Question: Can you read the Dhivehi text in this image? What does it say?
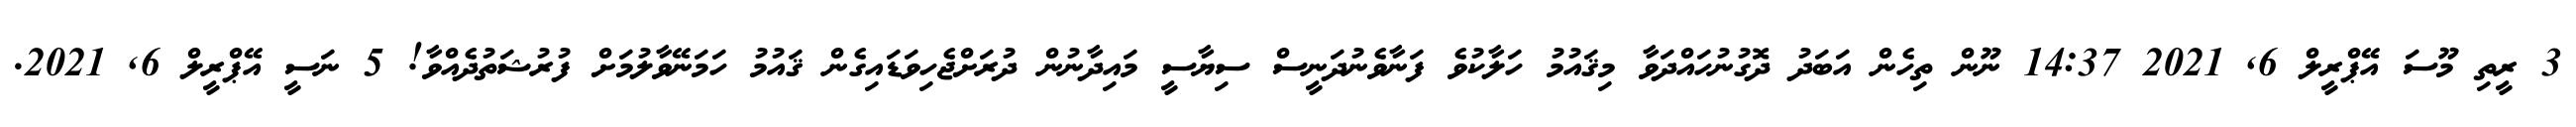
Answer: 3 ރީތި މޫސަ އޭޕްރީލް 6, 2021 14:37 ނޫން ތިހެން އަބަދު ދޮގުނުހައްދަވާ މިޤައުމު ހަލާކުވެ ފަނާވެނުދަނީސް ސިޔާސީ މައިދާނުން ދުރަށްޖެހިވަޑައިގެން ޤައުމު ހަމަނޭވާލުމަށް ފުރުޝަތުދެއްވާ! 5 ނަސީ އޭޕްރީލް 6, 2021.